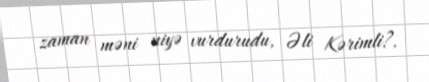
zaman məni niyə vurdurudu, Əli Kərimli?.